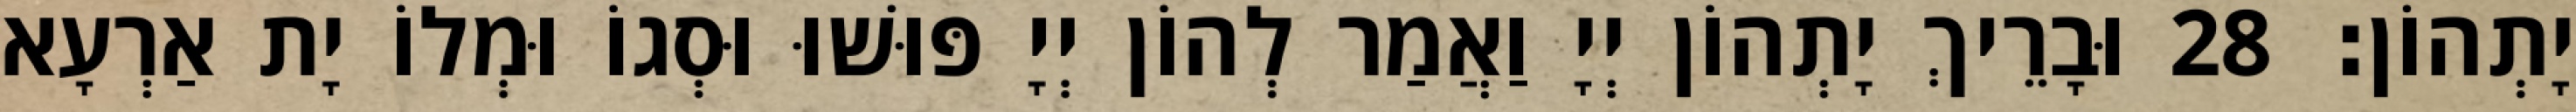
יָתְהוֹן׃ 28 וּבָרֵיךְ יָתְהוֹן יְיָ וַאֲמַר לְהוֹן יְיָ פּוּשׁוּ וּסְגוֹ וּמְלוֹ יָת אַרְעָא